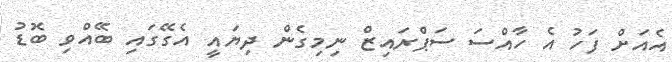
އެއަށް ފަހު އެ ހާއްސަ ސަޕްރައިޒް ނިމިގެން ދިޔައީ އެގޭގައި ބޭއްވި ބޮޑު